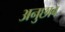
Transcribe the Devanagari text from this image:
अनुछाव